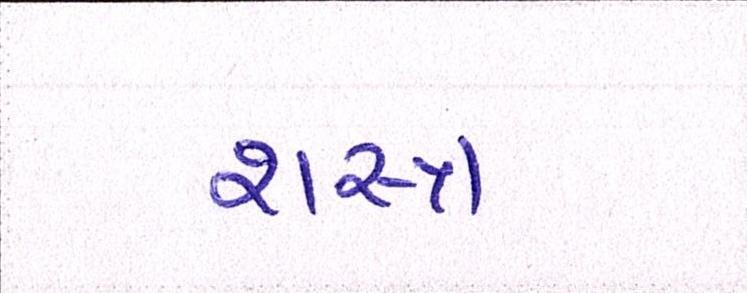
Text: શસ્ત્ર